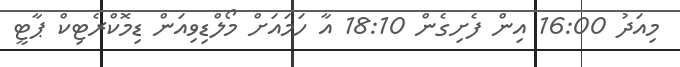
މިއަދު 16:00 އިން ފެށިގެން 18:10 އާ ހަމައަށް މޯލްޑިވިއަން ޑިމޮކްރެޓިކް ޕާޓީ